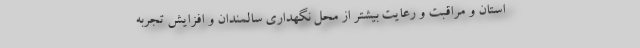
استان و مراقبت و رعایت بیشتر از محل نگهداری سالمندان و افزایش تجربه